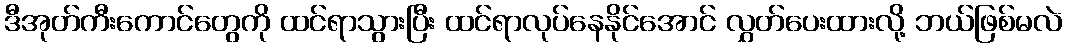
ဒီအုတ်ကီးကောင်တွေကို ထင်ရာသွားပြီး ထင်ရာလုပ်နေနိုင်အောင် လွှတ်ပေးထားလို့ ဘယ်ဖြစ်မလဲ